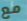
مع